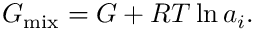
G _ { \mathrm { m i x } } = G + { \cal R } T \ln { a _ { i } } .